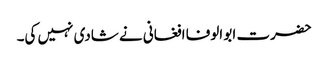
حضرت ابو الوفا افغانی نے شادی نہیں کی۔